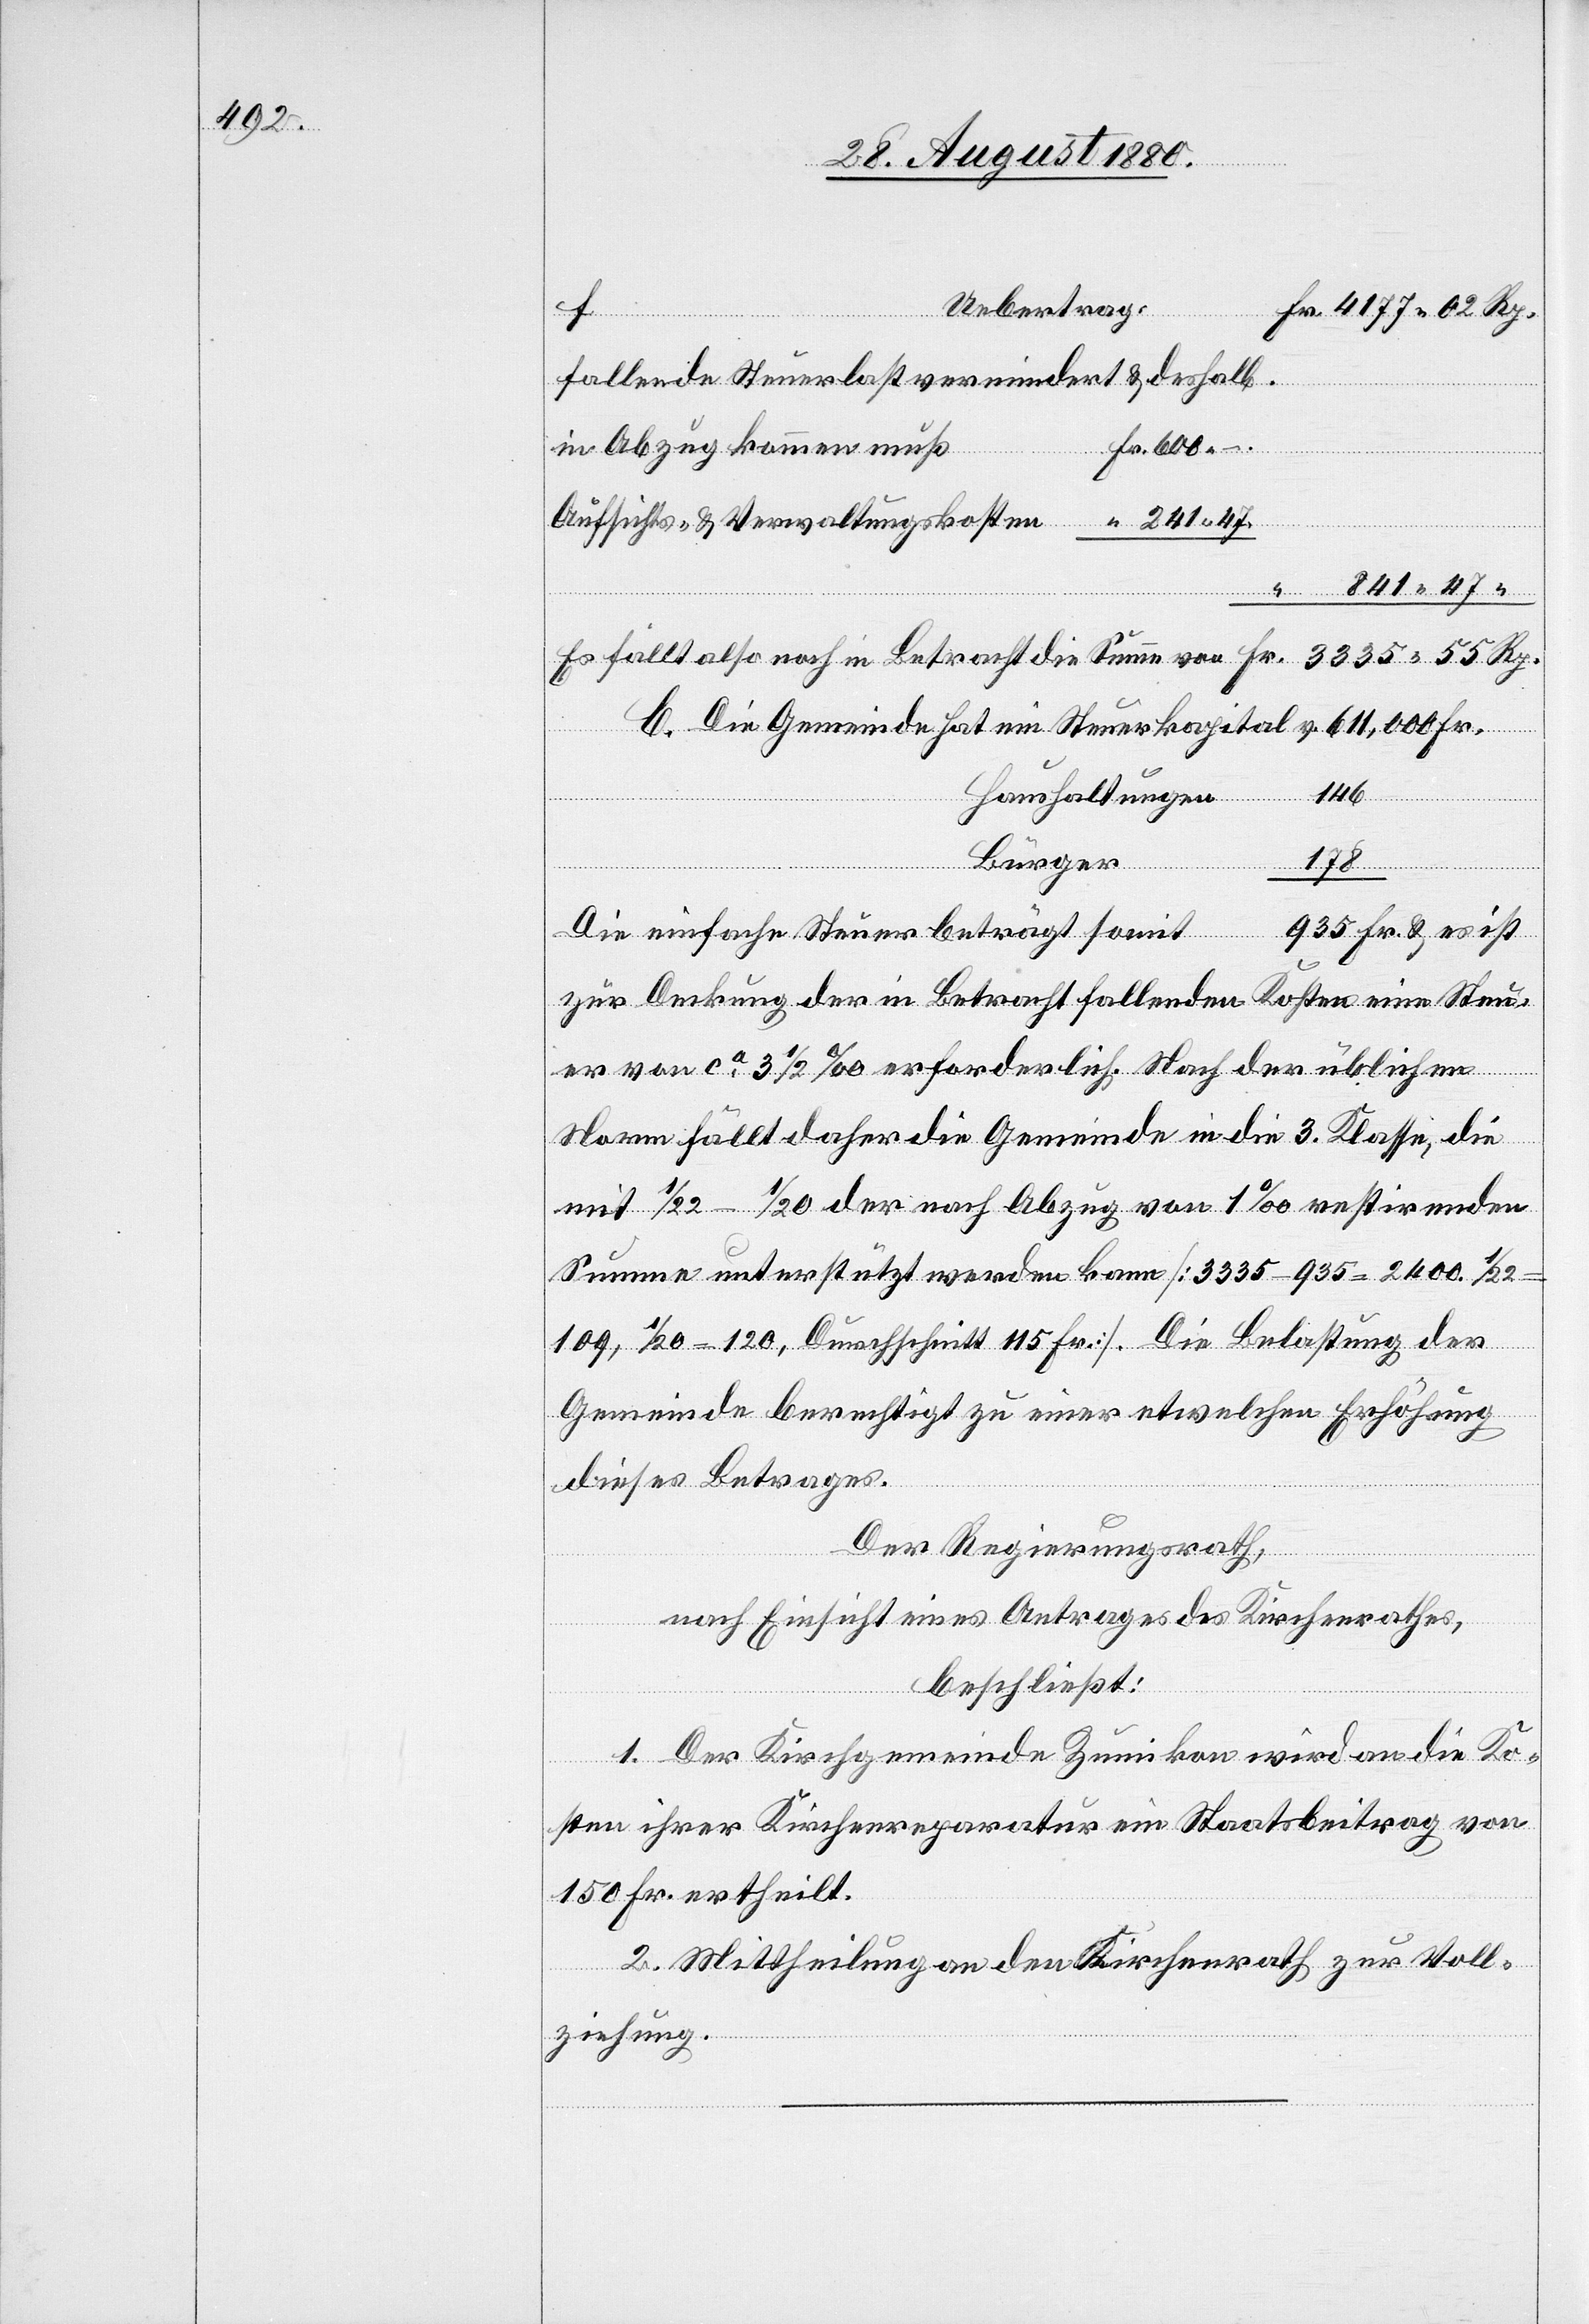
Uebertrag:
Fr. 4711 02 Rp.
“
fallende Steuerlast vermindert & deshalb
Fr. 600.
in Abzug kommen muß
Aufsichts- & Verwaltungskosten
841 47“
Es fällt also noch in Betracht die Summe von Fr. 3335 55 Rp.
C. Die Gemeinde hat ein Steuerkapital v. 611,000 Fr.
146
Haushaltungen
Bürger
935 Fr. & es ist
Die einfache Steuer beträgt somit
zur Deckung der in Betracht fallenden Kosten eine Steu¬
er von ca 3 1/2‰ erforderlich. Nach der üblichen
Norm fällt daher die Gemeinde in die 3. Klasse, die
mit 1/22–1/20 der nach Abzug von 1‰ restirenden
Summe unterstützt werden kann [3335 – 935 = 2400. 1/22
109, 1/20 = 120, Durchschnitt 115 Fr.]. Die Belastung der
Gemeinde berechtigt zu einer etwelchen Erhöhung
dieses Beitrages.
Der Regierungsrath,
nach Einsicht eines Antrages des Kirchenrathes,
beschließt:
1. Der Kirchgemeinde Zumikon wird an die Ko¬
sten ihrer Kirchenreparatur ein Staatsbeitrag von
150 Fr. ertheilt.
2. Mittheilung an den Kirchenrath zur Voll¬
ziehung.